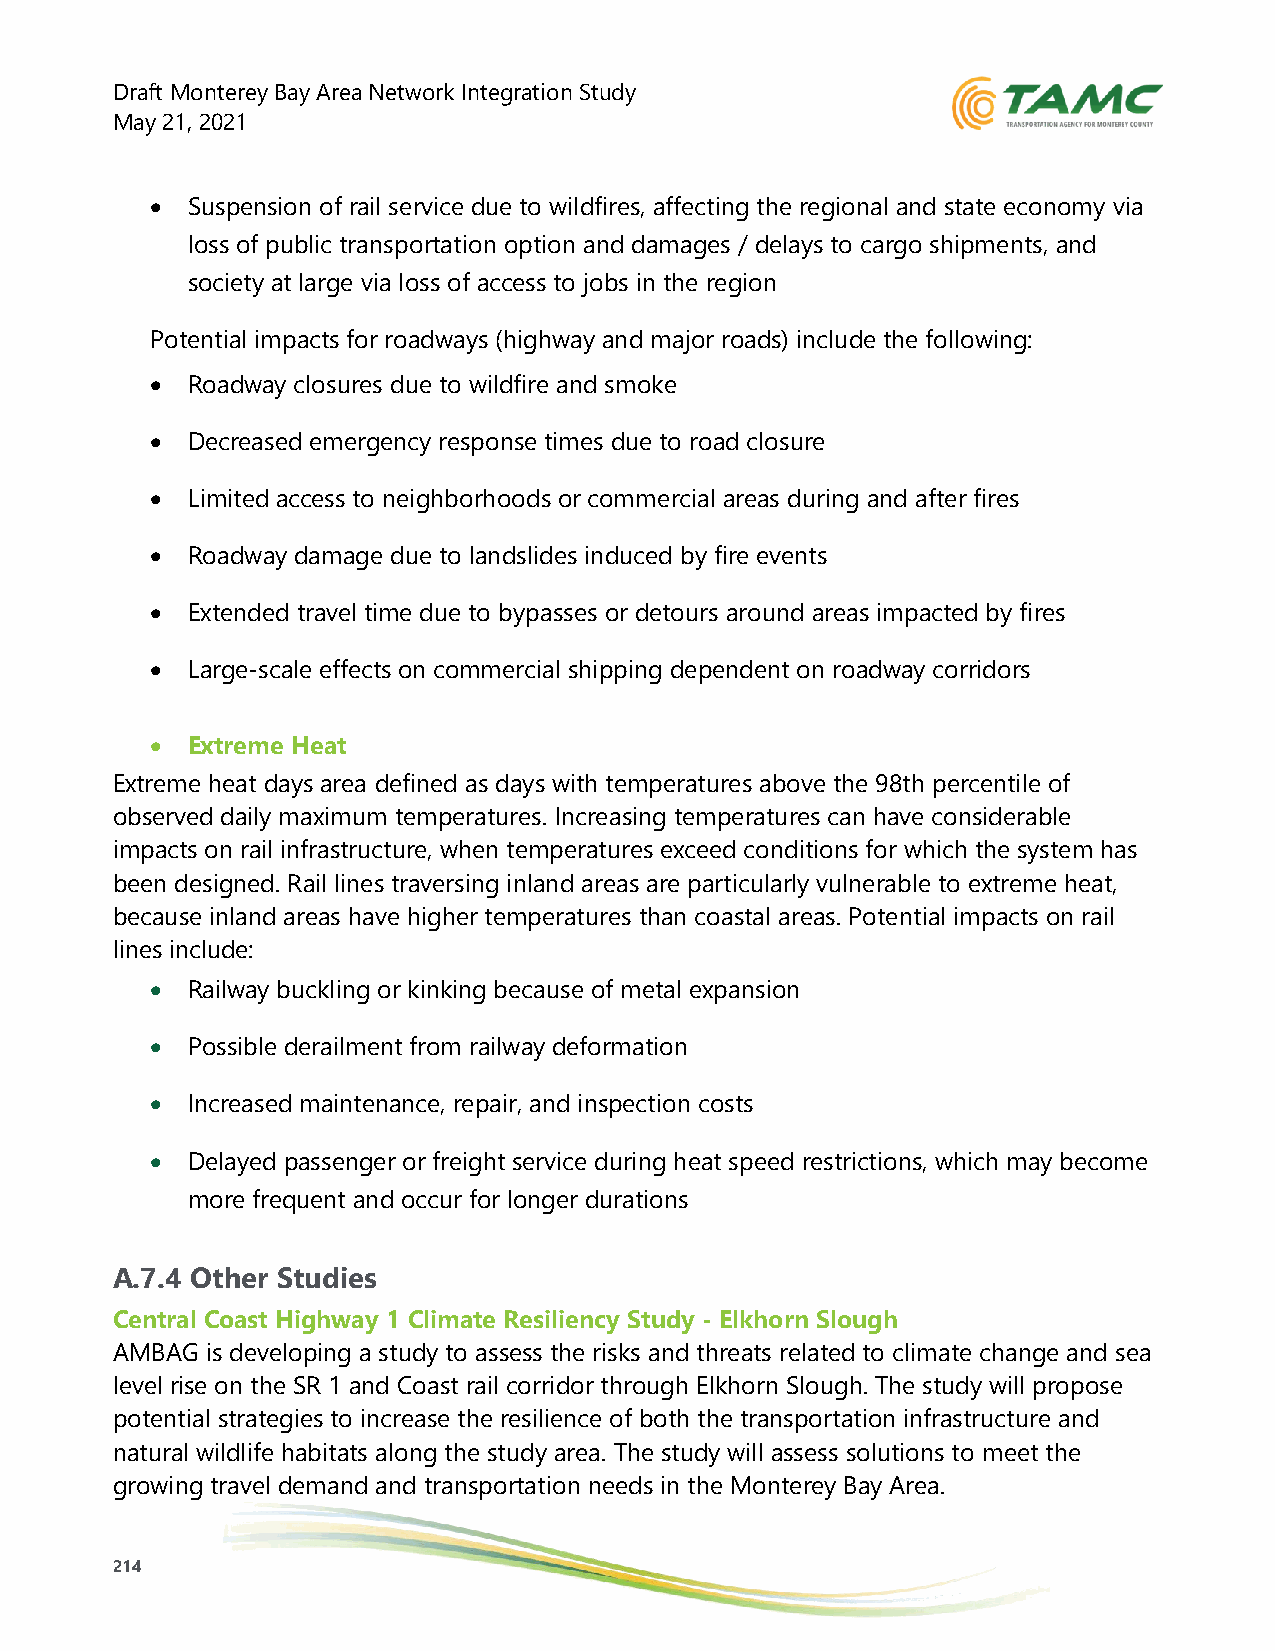
Draft Monterey Bay Area Network Integration Study
 May 21, 2021
 • Suspension of rail service due to wildfires, affecting the regional and state economy via
 loss of public transportation option and damages / delays to cargo shipments, and
 society at large via loss of access to jobs in the region
 Potential impacts for roadways (highway and major roads) include the following:
 • Roadway closures due to wildfire and smoke
 • Decreased emergency response times due to road closure
 • Limited access to neighborhoods or commercial areas during and after fires
 • Roadway damage due to landslides induced by fire events
 • Extended travel time due to bypasses or detours around areas impacted by fires
 • Large-scale effects on commercial shipping dependent on roadway corridors
 • Extreme Heat
 Extreme heat days area defined as days with temperatures above the 98th percentile of
 observed daily maximum temperatures. Increasing temperatures can have considerable
 impacts on rail infrastructure, when temperatures exceed conditions for which the system has
 been designed. Rail lines traversing inland areas are particularly vulnerable to extreme heat,
 because inland areas have higher temperatures than coastal areas. Potential impacts on rail
 lines include:
 • Railway buckling or kinking because of metal expansion
 • Possible derailment from railway deformation
 • Increased maintenance, repair, and inspection costs
 • Delayed passenger or freight service during heat speed restrictions, which may become
 more frequent and occur for longer durations
 A.7.4 Other Studies
 Central Coast Highway 1 Climate Resiliency Study - Elkhorn Slough
 AMBAG  is developing a study to assess the risks and threats related to climate change and sea
 level rise on the SR 1 and Coast rail corridor through Elkhorn Slough. The study will propose
 potential strategies to increase the resilience of both the transportation infrastructure and
 natural wildlife habitats along the study area. The study will assess solutions to meet the
 growing travel demand and transportation needs in the Monterey Bay Area.
 214